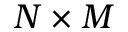
N \times M